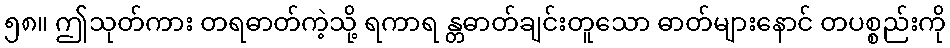
၅၈။ ဤသုတ်ကား တရဓာတ်ကဲ့သို့ ရကာရ န္တဓာတ်ချင်းတူသော ဓာတ်များနောင် တပစ္စည်းကို